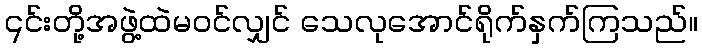
၎င်းတို့အဖွဲ့ထဲမဝင်လျှင် သေလုအောင်ရိုက်နှက်ကြသည်။